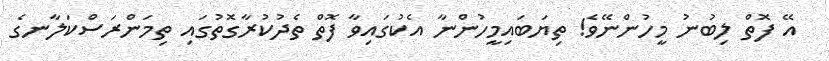
އޭ ފޮތް ލިބުނު މީހުންނޭވެ! ތިޔަބައިމީހުންނާ އެކުގައިވާ ފޮތް ތެދުކުރާގޮތުގައި ތިމަންރަސްކަލާނގެ